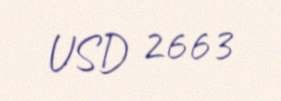
USD 2663